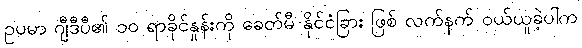
ဥပမာ ဂျီဒီပီ၏ ၁၀ ရာခိုင်နှုန်းကို ခေတ်မီ နိုင်ငံခြား ဖြစ် လက်နက် ဝယ်ယူခဲ့ပါက